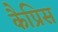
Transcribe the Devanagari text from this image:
कैप्रिस